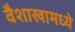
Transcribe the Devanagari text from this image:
वैशाखामध्ये